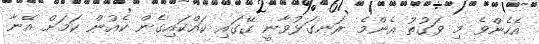
އެހެންވެ މި ވަގުތު އެންމެ ރަނގަޅުވާނީ ގޭގައި ކައްކައިގެން ކެއުން ކަމަށް އޭނާ